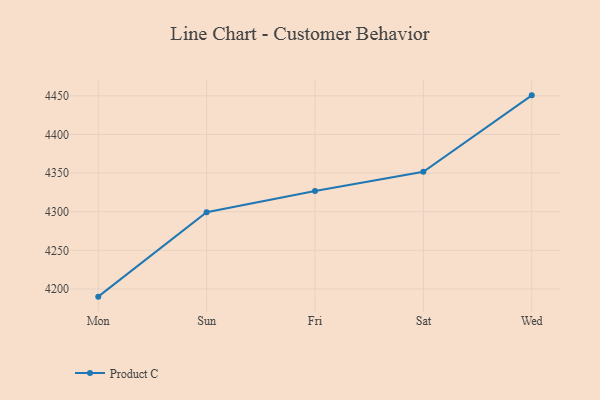
{"axis": {"x": "Day", "y": "Gross Profit (USD K)"}, "legend": ["Product C"], "data": [{"x": "Mon", "y": 4190.1, "type": "Product C"}, {"x": "Sun", "y": 4299.3, "type": "Product C"}, {"x": "Fri", "y": 4326.9, "type": "Product C"}, {"x": "Sat", "y": 4351.7, "type": "Product C"}, {"x": "Wed", "y": 4450.6, "type": "Product C"}]}